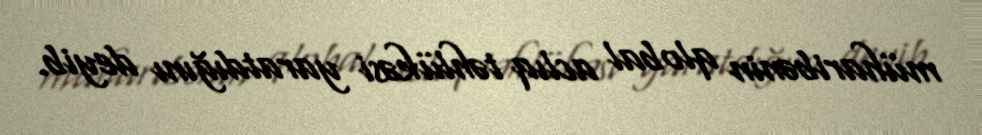
müharibənin qlobal aclıq təhlükəsi yaratdığını deyib.